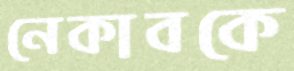
নেকাবকে